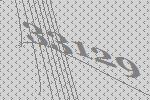
33129